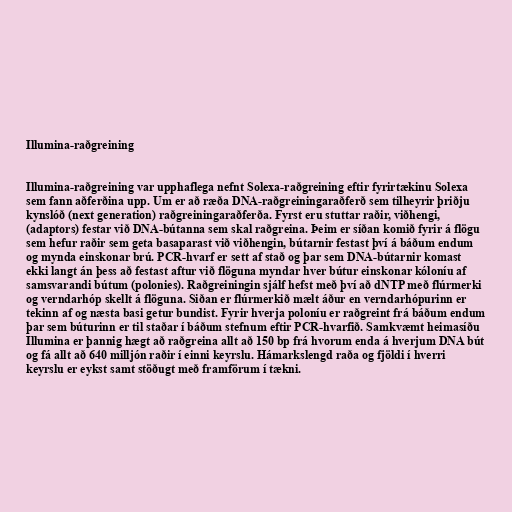
Illumina-raðgreining

Illumina-raðgreining var upphaflega nefnt Solexa-raðgreining eftir fyrirtækinu Solexa
sem fann aðferðina upp. Um er að ræða DNA-raðgreiningaraðferð sem tilheyrir þriðju
kynslóð (next generation) raðgreiningaraðferða. Fyrst eru stuttar raðir, viðhengi,
(adaptors) festar við DNA-bútanna sem skal raðgreina. Þeim er síðan komið fyrir á flögu
sem hefur raðir sem geta basaparast við viðhengin, bútarnir festast því á báðum endum
og mynda einskonar brú. PCR-hvarf er sett af stað og þar sem DNA-bútarnir komast
ekki langt án þess að festast aftur við flöguna myndar hver bútur einskonar kóloníu af
samsvarandi bútum (polonies). Raðgreiningin sjálf hefst með því að dNTP með flúrmerki
og verndarhóp skellt á flöguna. Siðan er flúrmerkið mælt áður en verndarhópurinn er
tekinn af og næsta basi getur bundist. Fyrir hverja poloníu er raðgreint frá báðum endum
þar sem búturinn er til staðar í báðum stefnum eftir PCR-hvarfið. Samkvæmt heimasíðu
Illumina er þannig hægt að raðgreina allt að 150 bp frá hvorum enda á hverjum DNA bút
og fá allt að 640 milljón raðir í einni keyrslu. Hámarkslengd raða og fjöldi í hverri
keyrslu er eykst samt stöðugt með framförum í tækni.